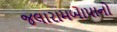
જલારામબાપાનો